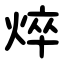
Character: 焠